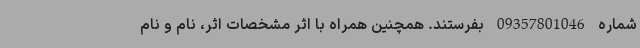
شماره 09357801046 بفرستند. همچنین همراه با اثر مشخصات اثر، نام و نام